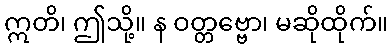
ဣတိ၊ ဤသို့။ န ဝတ္တဗ္ဗော၊ မဆိုထိုက်။